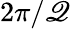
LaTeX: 2\pi/\mathscr{Q}